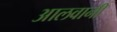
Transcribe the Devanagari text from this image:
आलवानी